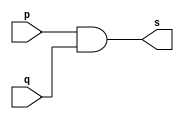
// -------------------------
// Exemplo03 - AND
// Nome: Fbio Fiuza Pereira
// -------------------------
// -------------------------
// -- and gate
// -------------------------
module andgate ( output s,
input p,
input q);
assign s = p & q;
endmodule // andgate
// ---------------------
// -- test and gate
// ---------------------
module testandgate;
// ------------------------- dados locais
reg a, b; // definir registradores
wire s; // definir conexao (fio)
// ------------------------- instancia
andgate AND1 (s, a, b);
// ------------------------- preparacao
initial begin:start
// atribuicao simultanea
// dos valores iniciais
a=0; b=0;
end
// ------------------------- parte principal
initial begin
$display("Exemplo03 - Fbio Fiuza Pereira - 406087");
$display("Test AND gate");
$display("\na & b = s\n");
a=0; b=0;
#1 $display("%b & %b = %b", a, b, s);
a=0; b=1;
#1 $display("%b & %b = %b", a, b, s);
a=1; b=0;
#1 $display("%b & %b = %b", a, b, s);
a=1; b=1;
#1 $display("%b & %b = %b", a, b, s);
end
endmodule // testandgate